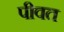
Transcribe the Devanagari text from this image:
पीवत